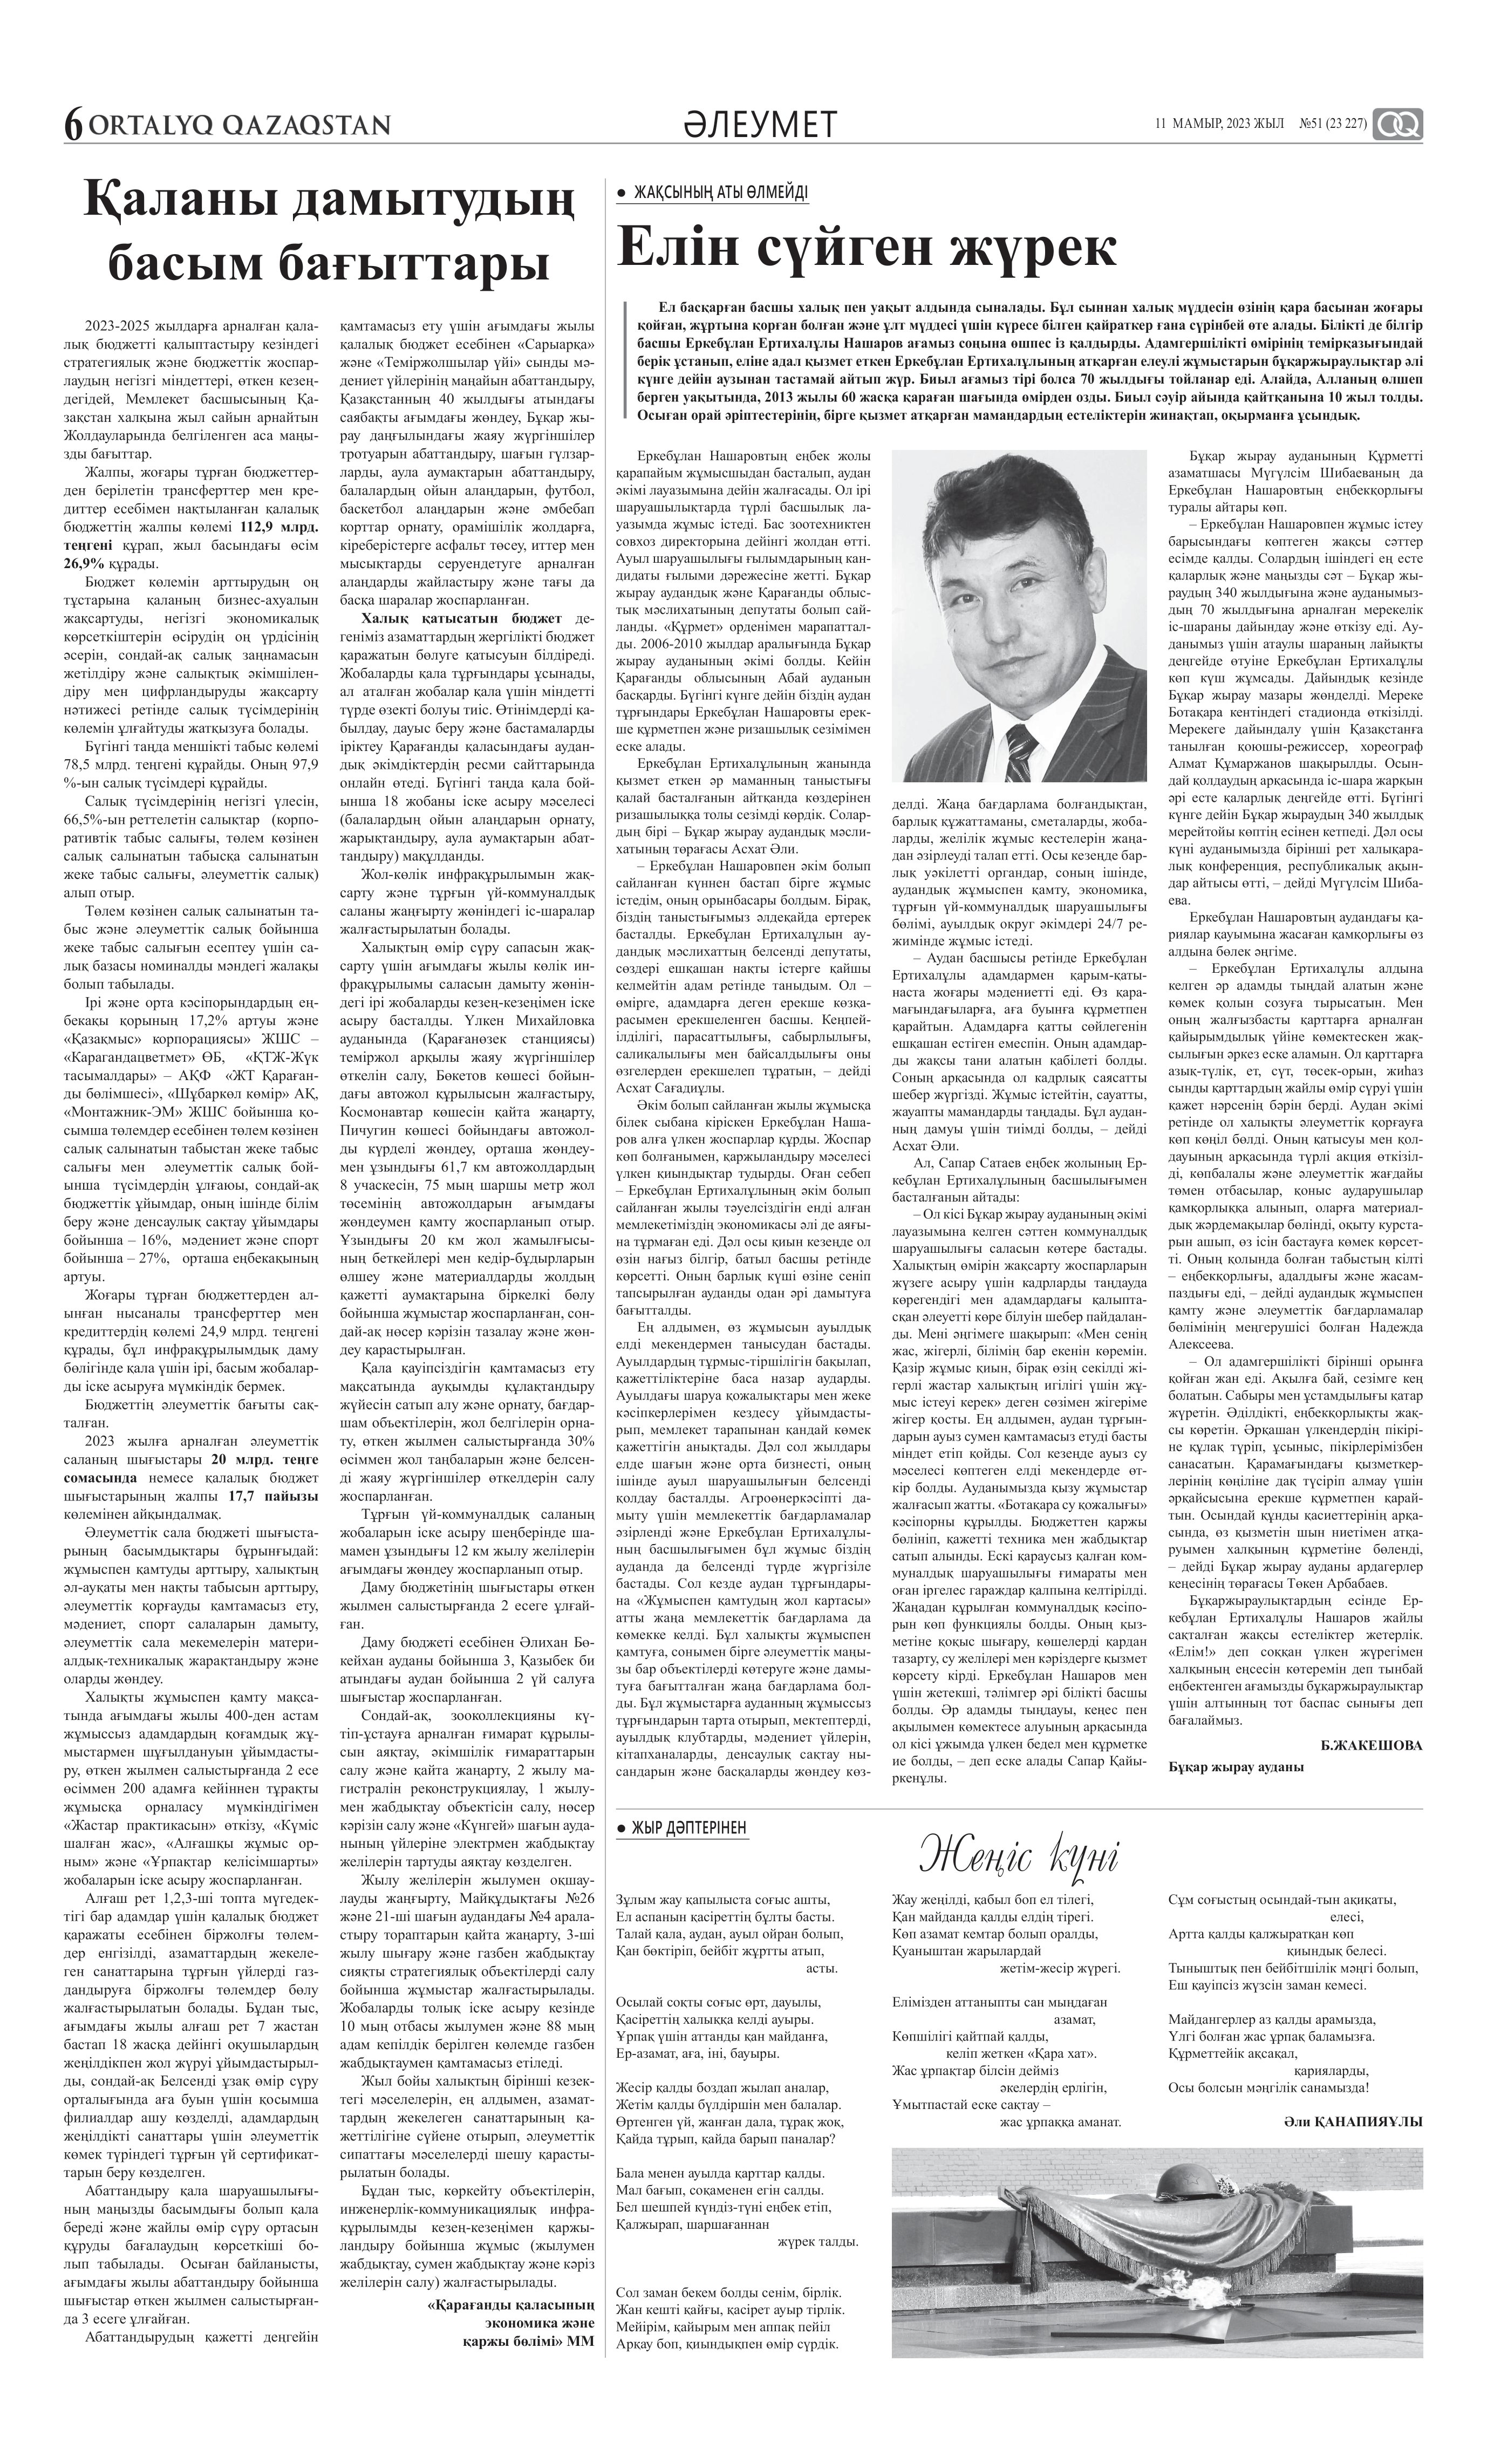
Language: kk